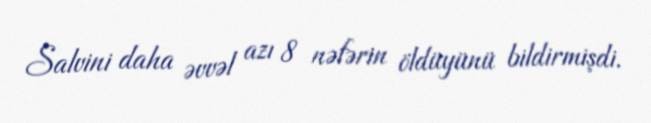
Salvini daha əvvəl azı 8 nəfərin öldüyünü bildirmişdi.